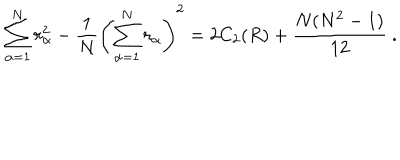
\sum _ { \alpha = 1 } ^ { N } r _ { \alpha } ^ { 2 } - \frac { 1 } { N } \left( \sum _ { \alpha = 1 } ^ { N } r _ { \alpha } \right) ^ { 2 } = 2 C _ { 2 } ( R ) + \frac { N ( N ^ { 2 } - 1 ) } { 1 2 } \ .